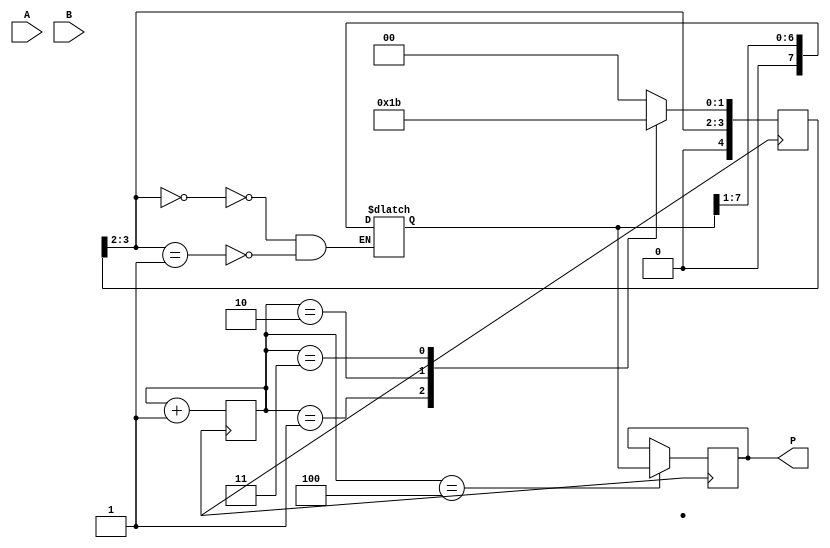
module booth_multiplier(
    input [3:0] A,
    input [3:0] B,
    output reg [7:0] P
);

reg [7:0] partial_product;
reg [2:0] counter;
reg [4:0] booth_encoding;

always @(*) begin
    booth_encoding = {B[3], B[2], 2'b00}; // Initial encoding
    case(booth_encoding)
        3'b000: partial_product = partial_product >> 1; // Arithmetic right shift
        3'b001: partial_product = partial_product + A; // Add A when B[i] = 1
        3'b011: partial_product = partial_product + A; // Add A when B[i] = 1
        3'b010: partial_product = partial_product - A; // Subtract A when B[i] = -1
        3'b110: partial_product = partial_product - A; // Subtract A when B[i] = -1
        3'b111: partial_product = partial_product >> 1; // Arithmetic right shift
        3'b101: partial_product = partial_product >> 1; // Arithmetic right shift
        3'b100: partial_product = partial_product >> 1; // Arithmetic right shift
    endcase
end

always @(posedge clk) begin
    counter <= counter + 1;
    case(counter)
        0: booth_encoding = {B[3], B[2], 2'b00};
        1: booth_encoding = {B[3], B[2], 2'b01};
        2: booth_encoding = {B[3], B[2], 2'b10};
        3: booth_encoding = {B[3], B[2], 2'b11};
        4: booth_encoding = {B[3], B[2], 2'b00}; // Reset
    endcase
end

always @(posedge clk) begin
    if(counter == 4)
        P <= partial_product;
end

endmodule